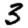
Digit: 3